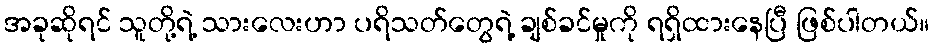
အခုဆိုရင် သူတို့ရဲ့ သားလေးဟာ ပရိသတ်တွေရဲ့ ချစ်ခင်မှုကို ရရှိထားနေပြီ ဖြစ်ပါတယ်။